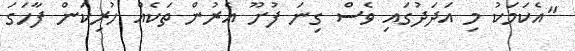
"އެކަމަކު މި އަދަދުގައި ވެސް ގިނަ ފުށޫ އެރުން ތަކެއް ހުރިކަން ފާހަގަ